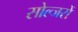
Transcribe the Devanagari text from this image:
सोल्जरों